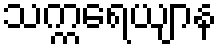
သက္ကရေယျာန